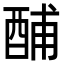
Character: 酺